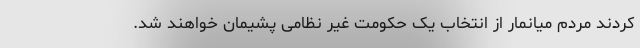
کردند مردم میانمار از انتخاب یک حکومت غیر نظامی پشیمان خواهند شد.